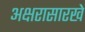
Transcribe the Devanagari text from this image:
अक्षरासारखे